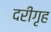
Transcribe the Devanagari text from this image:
दरीगृह